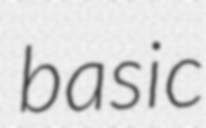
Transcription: basic